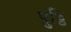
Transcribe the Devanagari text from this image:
पुट्ठि